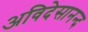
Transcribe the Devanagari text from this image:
अविदेसानन्द